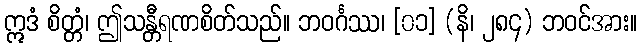
ဣဒံ စိတ္တံ၊ ဤသန္တီရဏစိတ်သည်။ ဘဝင်္ဂဿ၊ [၀၁] (နိ၊ ၂၈၄) ဘဝင်အား။